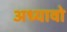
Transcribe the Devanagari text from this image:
अध्यावो